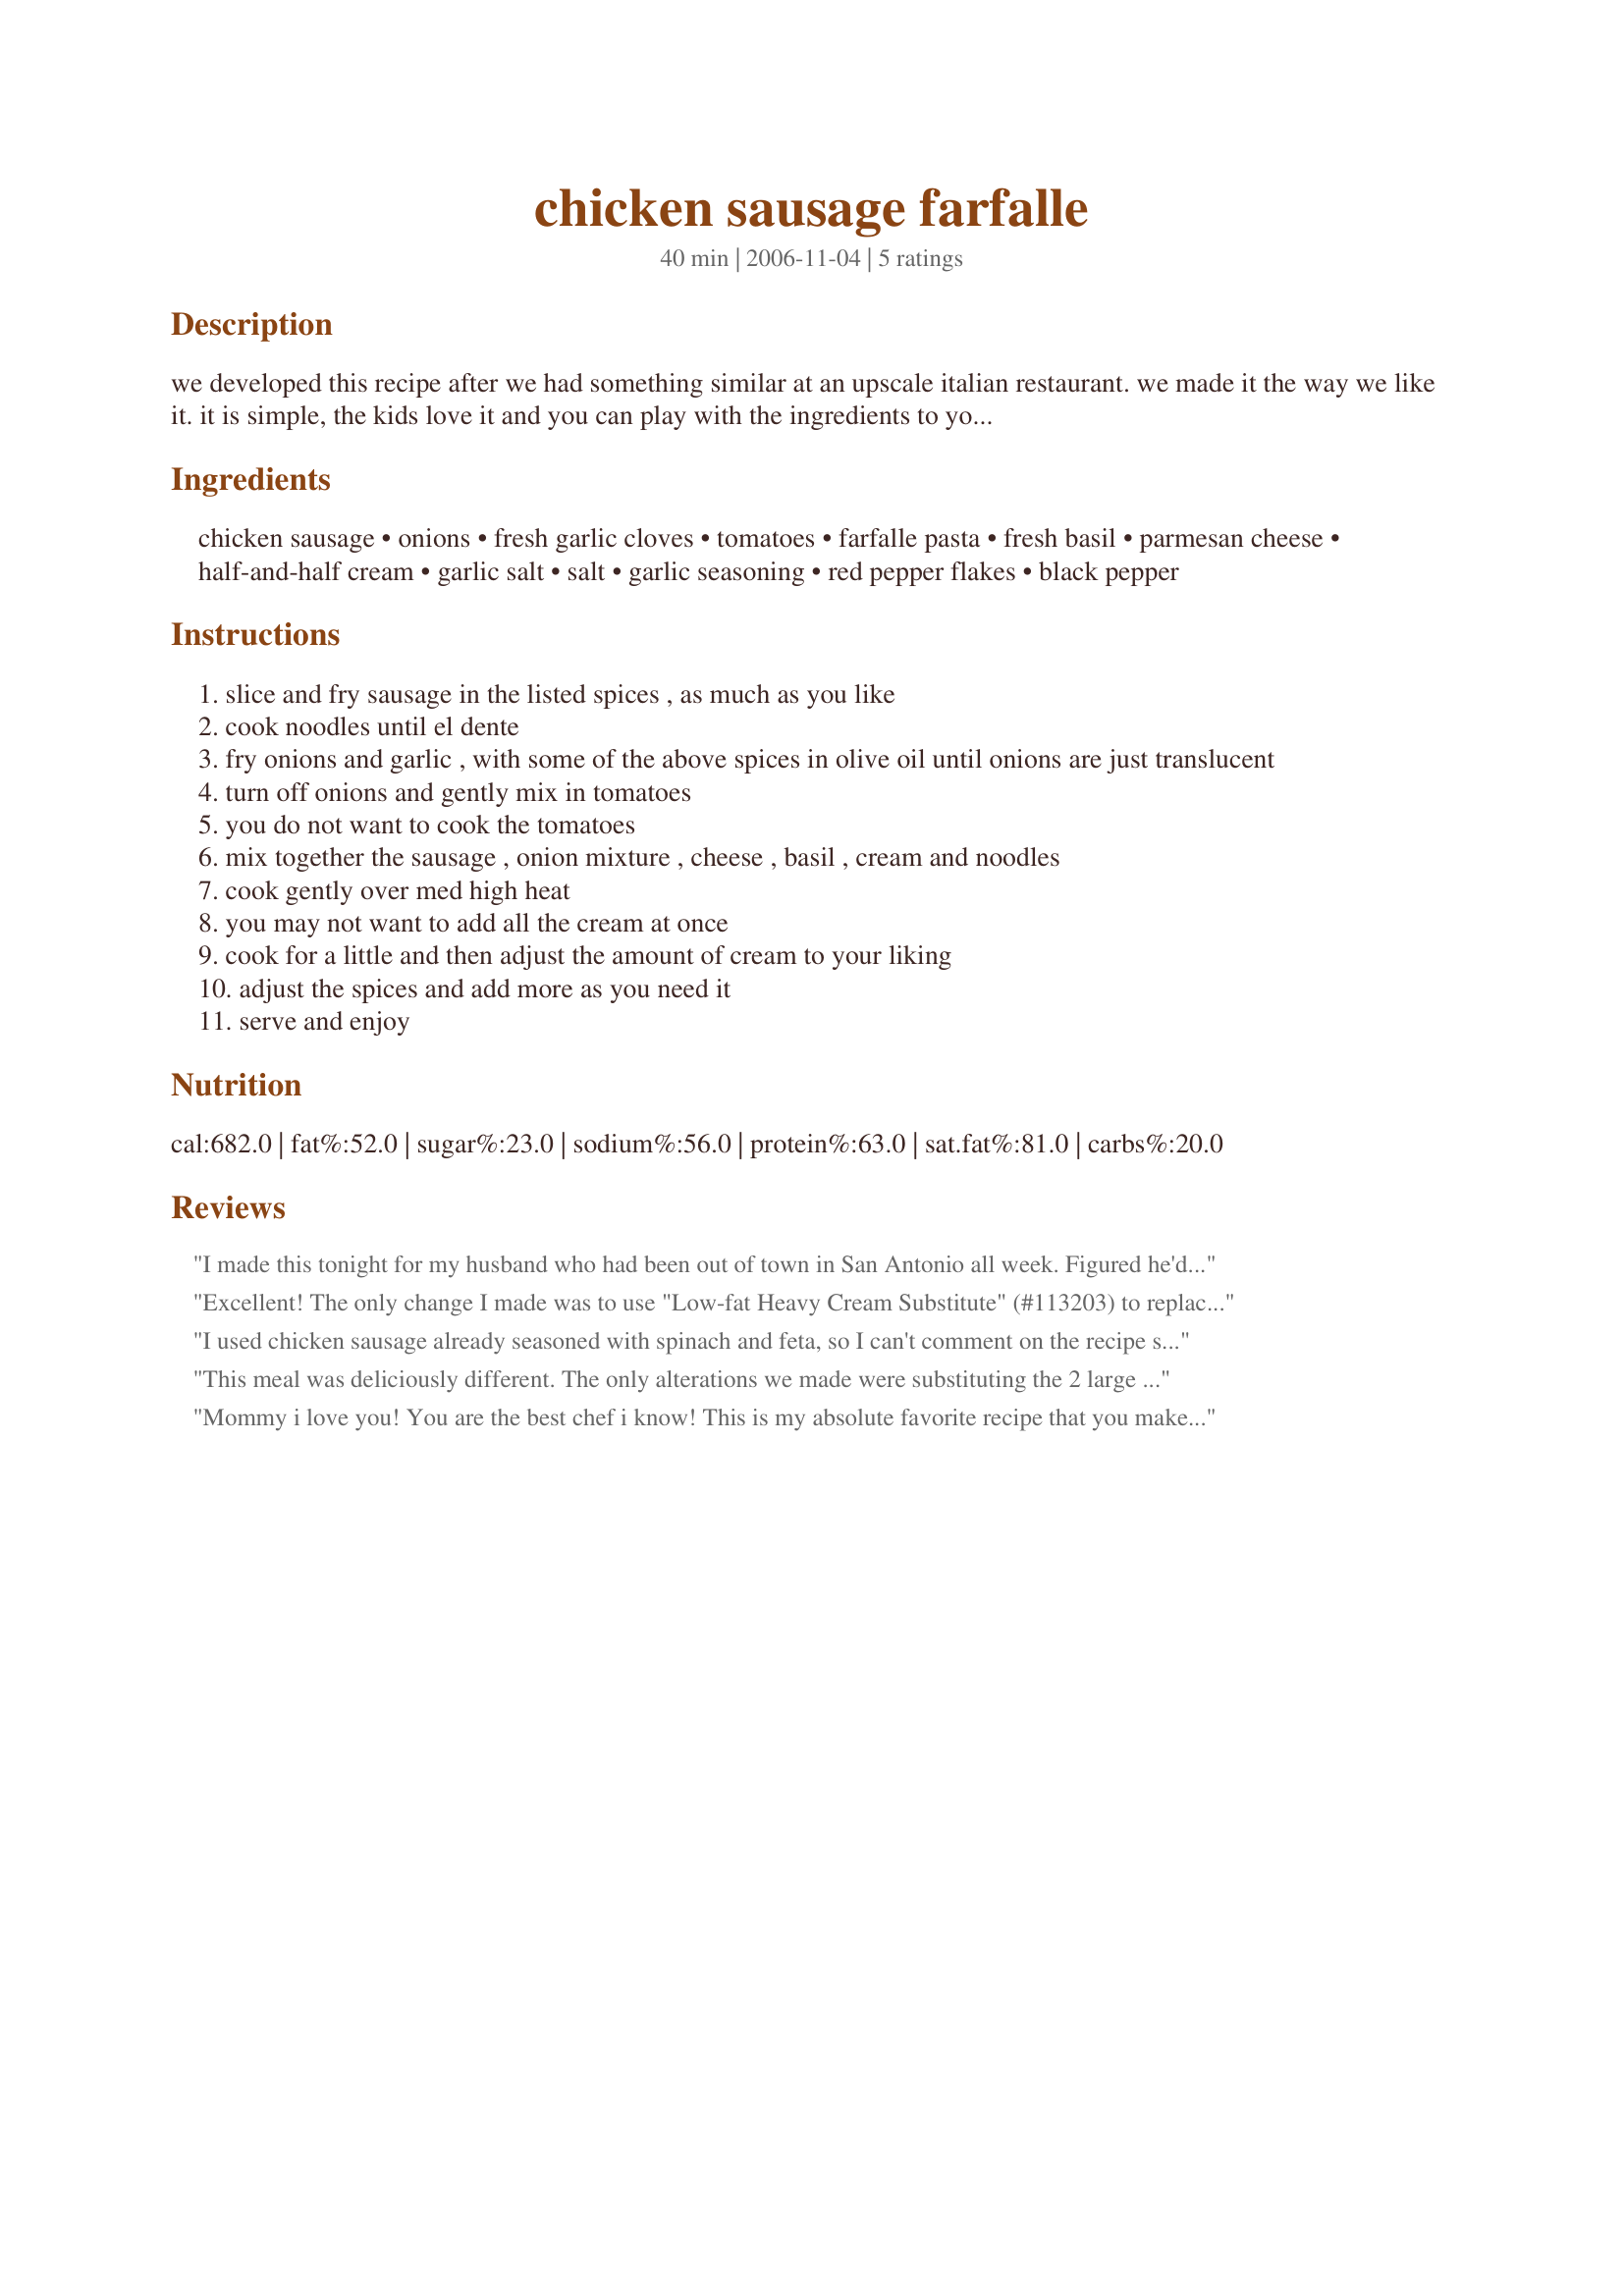
chicken sausage farfalle
Preparation time: 40 minutes

we developed this recipe after we had something similar at an upscale italian restaurant. we made it the way we like it. it is simple, the kids love it and you can play with the ingredients to your liking.

Ingredients:
chicken sausage, onions, fresh garlic cloves, tomatoes, farfalle pasta, fresh basil, parmesan cheese, half-and-half cream, garlic salt, salt, garlic seasoning, red pepper flakes, black pepper

Steps:
slice and fry sausage in the listed spices , as much as you like
cook noodles until el dente
fry onions and garlic , with some of the above spices in olive oil until onions are just translucent
turn off onions and gently mix in tomatoes
you do not want to cook the tomatoes
mix together the sausage , onion mixture , cheese , basil , cream and noodles
cook gently over med high heat
you may not want to add all the cream at once
cook for a little and then adjust the amount of cream to your liking
adjust the spices and add more as you need it
serve and enjoy

Reviews:
I made this tonight for my husband who had been out of town in San Antonio all week. Figured he'd be tired of tex-mex and so I looked for something totally different and new and yummy. This definitely fit the bill! 

I had hot Italian sausage so I used that instead of chicken, but I want to try it with the asiago, spinach sausages, as well. I served it with salad and garlic bread. 

It was so, so good. We absolutely loved it. I saved it to my personal cookbook for future reference. Thanks, Annie!

Denise
Excellent! The only change I made was to use "Low-fat Heavy Cream Substitute" (#113203) to replace the cream in the recipe and it turned out well! Also, I used Trader Joe's Roasted Garlic Chicken Sausage so I omitted all the other spices except some red pepper flakes for heat. It was so simple to prepare and fast to cook!
Thanks for developing a great recipe!
I used chicken sausage already seasoned with spinach and feta, so I can't comment on the recipe spice-wise. However, the concept of this recipe was great. I followed directions except for adding the spices and used heavy cream instead bc that's all I had. My suggestion is don't add all the cream at once, just like the instructions said.
This meal was deliciously different. The only alterations we made were substituting the 2 large tomatoes for grape tomatoes and using fat free half and half for the full fat version. This was really excellent and only took 40 minutes! Thank you so much for posting!
Mommy i love you! You are the best chef i know! This is my absolute favorite recipe that you make and you should post your other ones, like cashew chicken! yummy, I LOVE YOU!!
